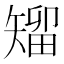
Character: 𥏵